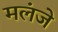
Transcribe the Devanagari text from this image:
मलंजे